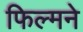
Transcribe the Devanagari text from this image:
फिल्मने